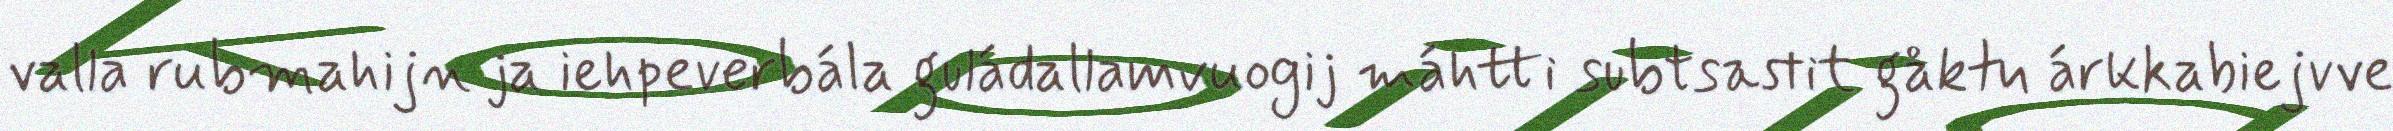
valla rubmahijn ja iehpeverbála guládallamvuogij máhtti subtsastit gåktu árkkabiejvve